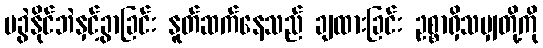
မခွဲနိုင်ဘဲနှင့်ခွာခြင်း နူတ်ဆက်နေသည် ချထားခြင်း ဥစ္စာရှိသမျှတို့ကို